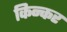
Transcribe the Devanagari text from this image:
किन्कर